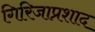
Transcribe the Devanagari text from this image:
गिरिजाप्रशाद